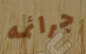
جرائمه